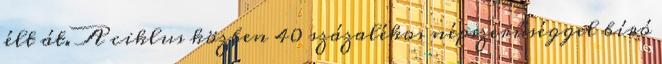
élt át. A ciklus közben 40 százalékos népszerűséggel bíró